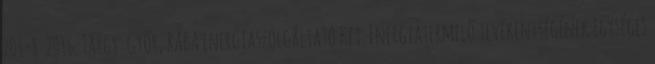
701-8 2016. Tárgy: Győr, RÁBA energiaszolgáltató Kft. Energiatermelő tevékenységének egységes